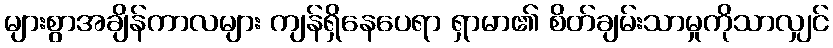
များစွာအချိန်ကာလများ ကျန်ရှိနေပေရာ ရှာမာ၏ စိတ်ချမ်းသာမှုကိုသာလျှင်